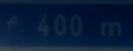
400 m